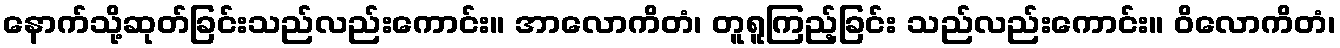
နောက်သို့ဆုတ်ခြင်းသည်လည်းကောင်း။ အာလောကိတံ၊ တူရူကြည့်ခြင်း သည်လည်းကောင်း။ ဝိလောကိတံ၊